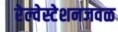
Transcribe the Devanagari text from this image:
रेल्वेस्टेशनजवळ